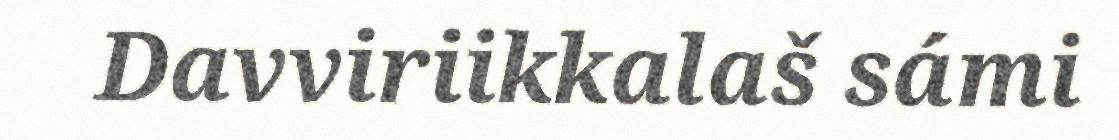
Davviriikkalaš sámi